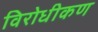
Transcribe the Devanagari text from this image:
विरोधीकण